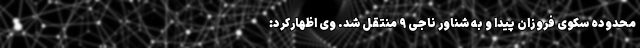
محدوده سکوی فروزان پیدا و به شناور ناجی ۹ منتقل شد. وی اظهارکرد: